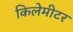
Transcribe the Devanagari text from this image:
किलेमीटर